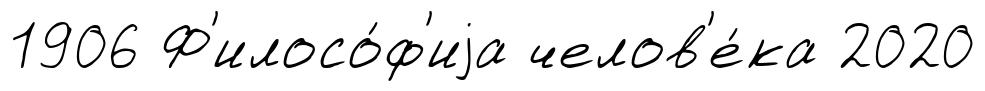
1906 Ф'илосо́ф'иjа челов'е́ка 2020